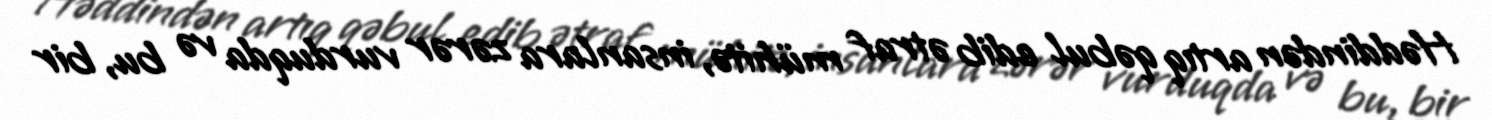
Həddindən artıq qəbul edib ətraf mühitə, insanlara zərər vurduqda və bu, bir